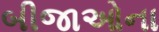
બીજાઓના